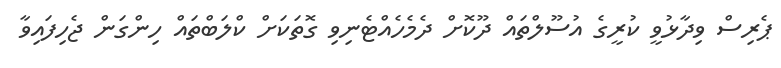
ޕެރިސް ވިދާޅުވީ ކުރީގެ އުސޫލްތައް ދޫކޮށް ދެމެހެއްޓެނިވި ގޮތަކަށް ކްލަބްތައް ހިންގަން ޖެހިފައިވާ